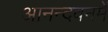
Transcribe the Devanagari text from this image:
आनन्दवनमें